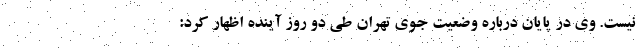
نیست. وی در پایان درباره وضعیت جوی تهران طی دو روز آینده اظهار کرد: